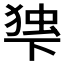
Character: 𬻨